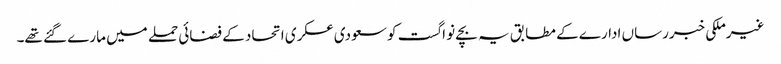
غیرملکی خبررساں ادارے کے مطابق یہ بچے نو اگست کو سعودی عسکری اتحاد کے فضائی حملے میں مارے گئے تھے۔